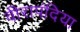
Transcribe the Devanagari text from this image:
वीरापंदिया